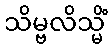
သိမ္ဗလိသ္မိံ